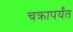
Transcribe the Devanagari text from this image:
चक्रापर्यंत